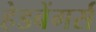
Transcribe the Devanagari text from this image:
हेडबेंगर्स